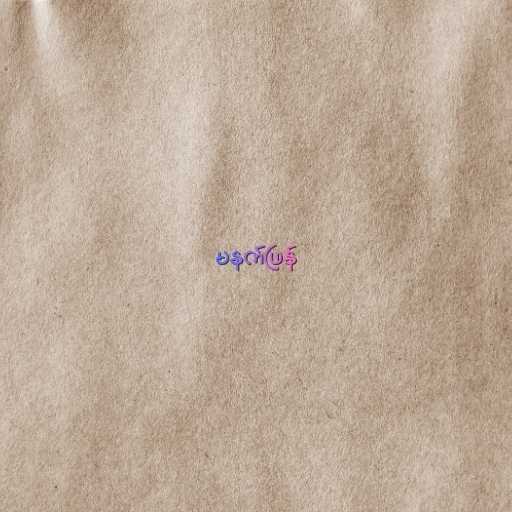
မနက်ဖြန်